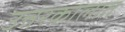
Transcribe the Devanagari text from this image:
उत्तरकालात